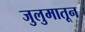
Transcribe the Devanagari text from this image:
जुलुमातून